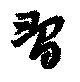
習